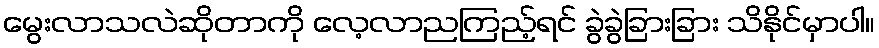
မွေးလာသလဲဆိုတာကို လေ့လာညကြည့်ရင် ခွဲခွဲခြားခြား သိနိုင်မှာပါ။